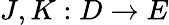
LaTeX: J,K:D\to E